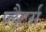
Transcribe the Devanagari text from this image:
प्लैटर्स